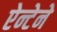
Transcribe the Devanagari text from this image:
ऐन्टेने